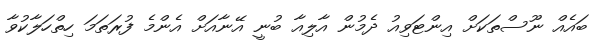
ބައެއް ނޫސްތަކަށް އިންޓަވިއު ދެމުން އާލިއާ ބުނީ އޭނާއަށް އެންމެ ފުރަތަމަ ހިތްހަލާކުވާ